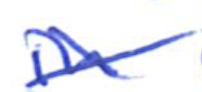
Text: in
Cross-out: cross
Writing tool: ballpoint